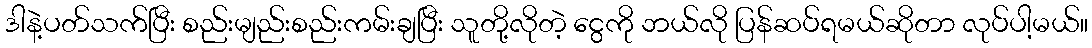
ဒါနဲ့ပတ်သက်ပြီး စည်းမျည်းစည်းကမ်းချပြီး သူတို့လိုတဲ့ ငွေကို ဘယ်လို ပြန်ဆပ်ရမယ်ဆိုတာ လုပ်ပါ့မယ်။